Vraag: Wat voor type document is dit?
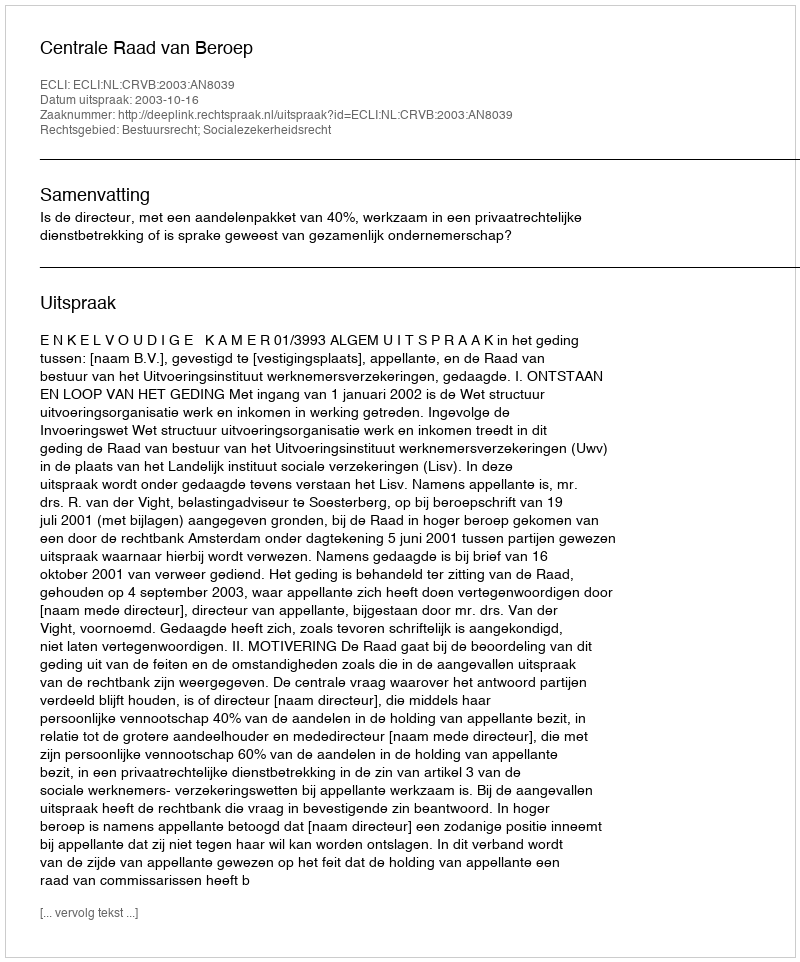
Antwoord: Uitspraak